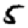
Digit: 5